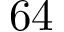
6 4